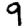
Digit: 9